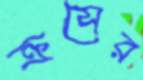
ক্রসের